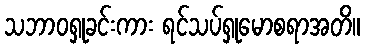
သဘာဝရှုခင်းကား ရင်သပ်ရှုမောစရာအတိ။